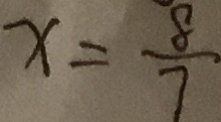
x = \frac { 8 } { 7 }